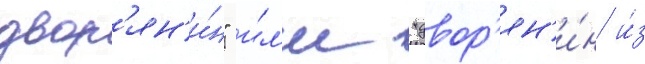
двор'ян'и́н" и́л'и "двор'ян'и́н и́з